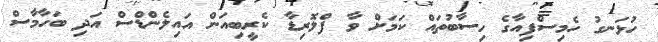
ހުޅަނގު ހެމިސްފިއާގެ ހިސާބުތައް ކަމަށް ވާ ފްލޮރިޑާ ކެރީބިއަން އައިލެންޑްސް އަދި ބަހާމާސް